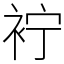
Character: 䘢